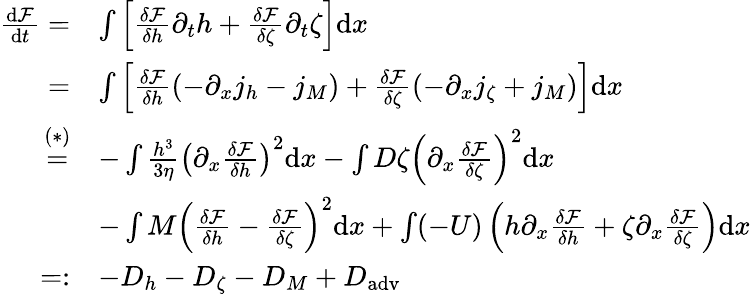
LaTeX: \begin{array}{rl}{\frac{\mathrm{d}\mathcal{F}}{\mathrm{d}t}=}&{\int\left[\frac{\delta\mathcal{F}}{\delta h}\partial_{t}h+\frac{\delta\mathcal{F}}{\delta\zeta}\partial_{t}\zeta\right]\mathrm{d}x}\\ {=}&{\int\left[\frac{\delta\mathcal{F}}{\delta h}\left(-\partial_{x}j_{h}-j_{M}\right)+\frac{\delta\mathcal{F}}{\delta\zeta}\left(-\partial_{x}j_{\zeta}+j_{M}\right)\right]\mathrm{d}x}\\ {\overset{(*)}{=}}&{-\int\frac{h^{3}}{3\eta}\left(\partial_{x}\frac{\delta\mathcal{F}}{\delta h}\right)^{2}\mathrm{d}x-\int D\zeta\left(\partial_{x}\frac{\delta\mathcal{F}}{\delta\zeta}\right)^{2}\mathrm{d}x}\\ &{-\int M\left(\frac{\delta\mathcal{F}}{\delta h}-\frac{\delta\mathcal{F}}{\delta\zeta}\right)^{2}\mathrm{d}x+\int(-U)\left(h\partial_{x}\frac{\delta\mathcal{F}}{\delta h}+\zeta\partial_{x}\frac{\delta\mathcal{F}}{\delta\zeta}\right)\mathrm{d}x}\\ {=:}&{-D_{h}-D_{\zeta}-D_{M}+D_{\mathrm{adv}}\, }\end{array}